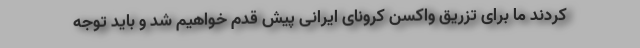
کردند ما برای تزریق واکسن کرونای ایرانی پیش قدم خواهیم شد و باید توجه